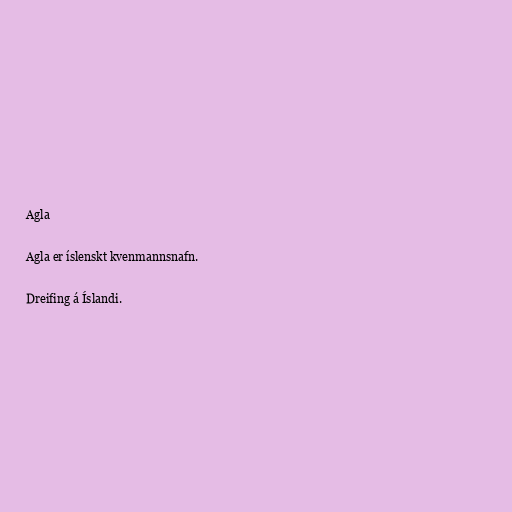
Agla

Agla er íslenskt kvenmannsnafn.

Dreifing á Íslandi.